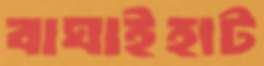
বাঘাইহাট